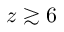
z \gtrsim 6